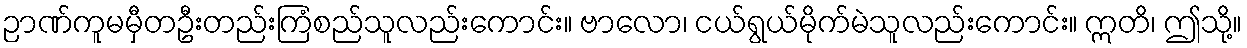
ဉာဏ်ကူမမှီတဦးတည်းကြံစည်သူလည်းကောင်း။ ဗာလော၊ ငယ်ရွယ်မိုက်မဲသူလည်းကောင်း။ ဣတိ၊ ဤသို့။